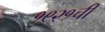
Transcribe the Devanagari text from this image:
१९२१ची